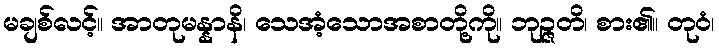
မချစ်လင့်။ အာတုမန္နာနိ၊ သေအံ့သောအစာတို့ကို။ ဘုဉ္ဇတိ၊ စား၏။ တုဝံ၊